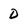
Character: D